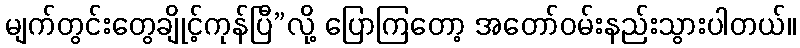
မျက်တွင်းတွေချိုင့်ကုန်ပြီ”လို့ ပြောကြတော့ အတော်ဝမ်းနည်းသွားပါတယ်။